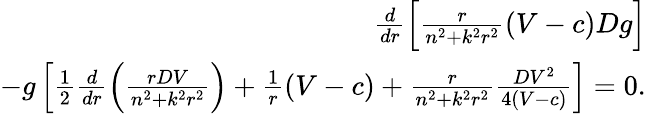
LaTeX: \begin{array}{r}{\frac{d}{dr}\left[\frac{r}{n^{2}+k^{2}r^{2}}(V-c)Dg\right]}\\ {-g\left[\frac{1}{2}\frac{d}{dr}\left(\frac{rDV}{n^{2}+k^{2}r^{2}}\right)+\frac{1}{r}(V-c)+\frac{r}{n^{2}+k^{2}r^{2}}\frac{DV^{2}}{4(V-c)}\right]=0.}\end{array}